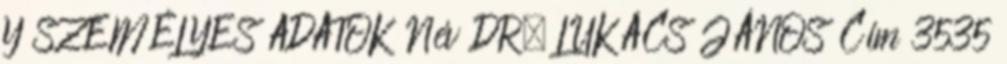
Y SZEMÉLYES ADATOK Név DR. LUKÁCS JÁNOS Cím 3535